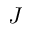
J